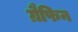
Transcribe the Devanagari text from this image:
ग्रैफिन